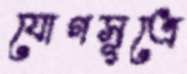
যোগসূত্রে